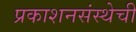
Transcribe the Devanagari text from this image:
प्रकाशनसंस्थेची